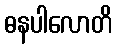
ဓနပါလောတိ